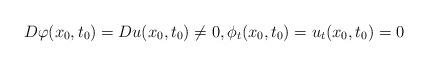
LaTeX: \begin{align*} D\varphi (x_0,t_0)=Du(x_0,t_0)\neq 0, \phi_t(x_0,t_0)=u_t(x_0,t_0)=0 \end{align*}